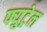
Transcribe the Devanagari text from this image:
फ्युट्रेल